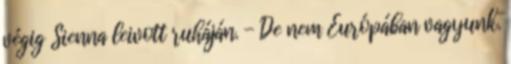
végig Sienna leivott ruháján. - De nem Európában vagyunk.